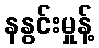
နနွင်းမှုန့်